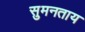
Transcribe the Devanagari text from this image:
सुमनताय